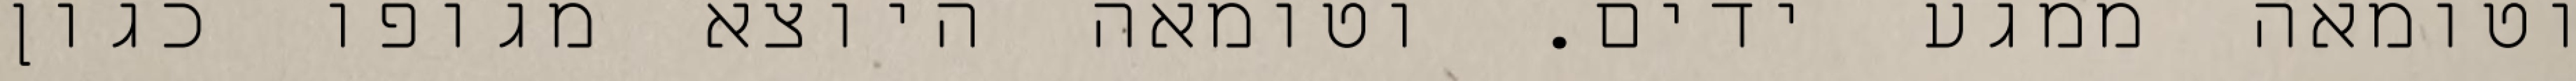
וטומאה ממגע ידים. וטומאה היוצא מגופו כגון